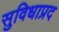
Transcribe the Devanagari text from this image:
सुविधाप्रद